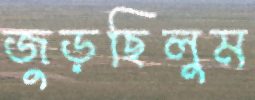
জুড়ছিলুম